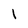
Character: l